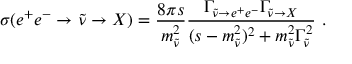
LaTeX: \sigma ( e ^ { + } e ^ { - } \rightarrow \tilde { \nu } \rightarrow X ) = \frac { 8 \pi s } { m _ { \tilde { \nu } } ^ { 2 } } \frac { \Gamma _ { \tilde { \nu } \rightarrow e ^ { + } e ^ { - } } \Gamma _ { \tilde { \nu } \rightarrow X } } { ( s - m _ { \tilde { \nu } } ^ { 2 } ) ^ { 2 } + m _ { \tilde { \nu } } ^ { 2 } \Gamma _ { \tilde { \nu } } ^ { 2 } } \ .